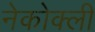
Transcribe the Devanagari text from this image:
नेकोक्ली